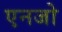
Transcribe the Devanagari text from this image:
एनजो